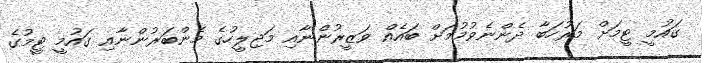
ގައުމީ ޓީމަށް މަރުހަބާ ދެންނެވުމުމަށް ބައެއް ވަޒީރުންނާއި މަޖިލީހުގެ މެންބަރުންނާއި ގައުމީ ޓީމުގެ